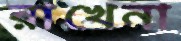
রাখেনা